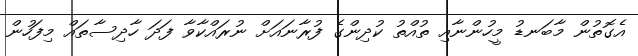
އެގޮތުން މާބަނޑު މީހުންނާއި ތުއްތު ކުދިންގެ ފުރާނައަށް ނުރައްކާވާ ފަދަ ހާދިސާތައް މިފަހުން